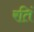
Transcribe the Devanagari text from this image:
रतिं